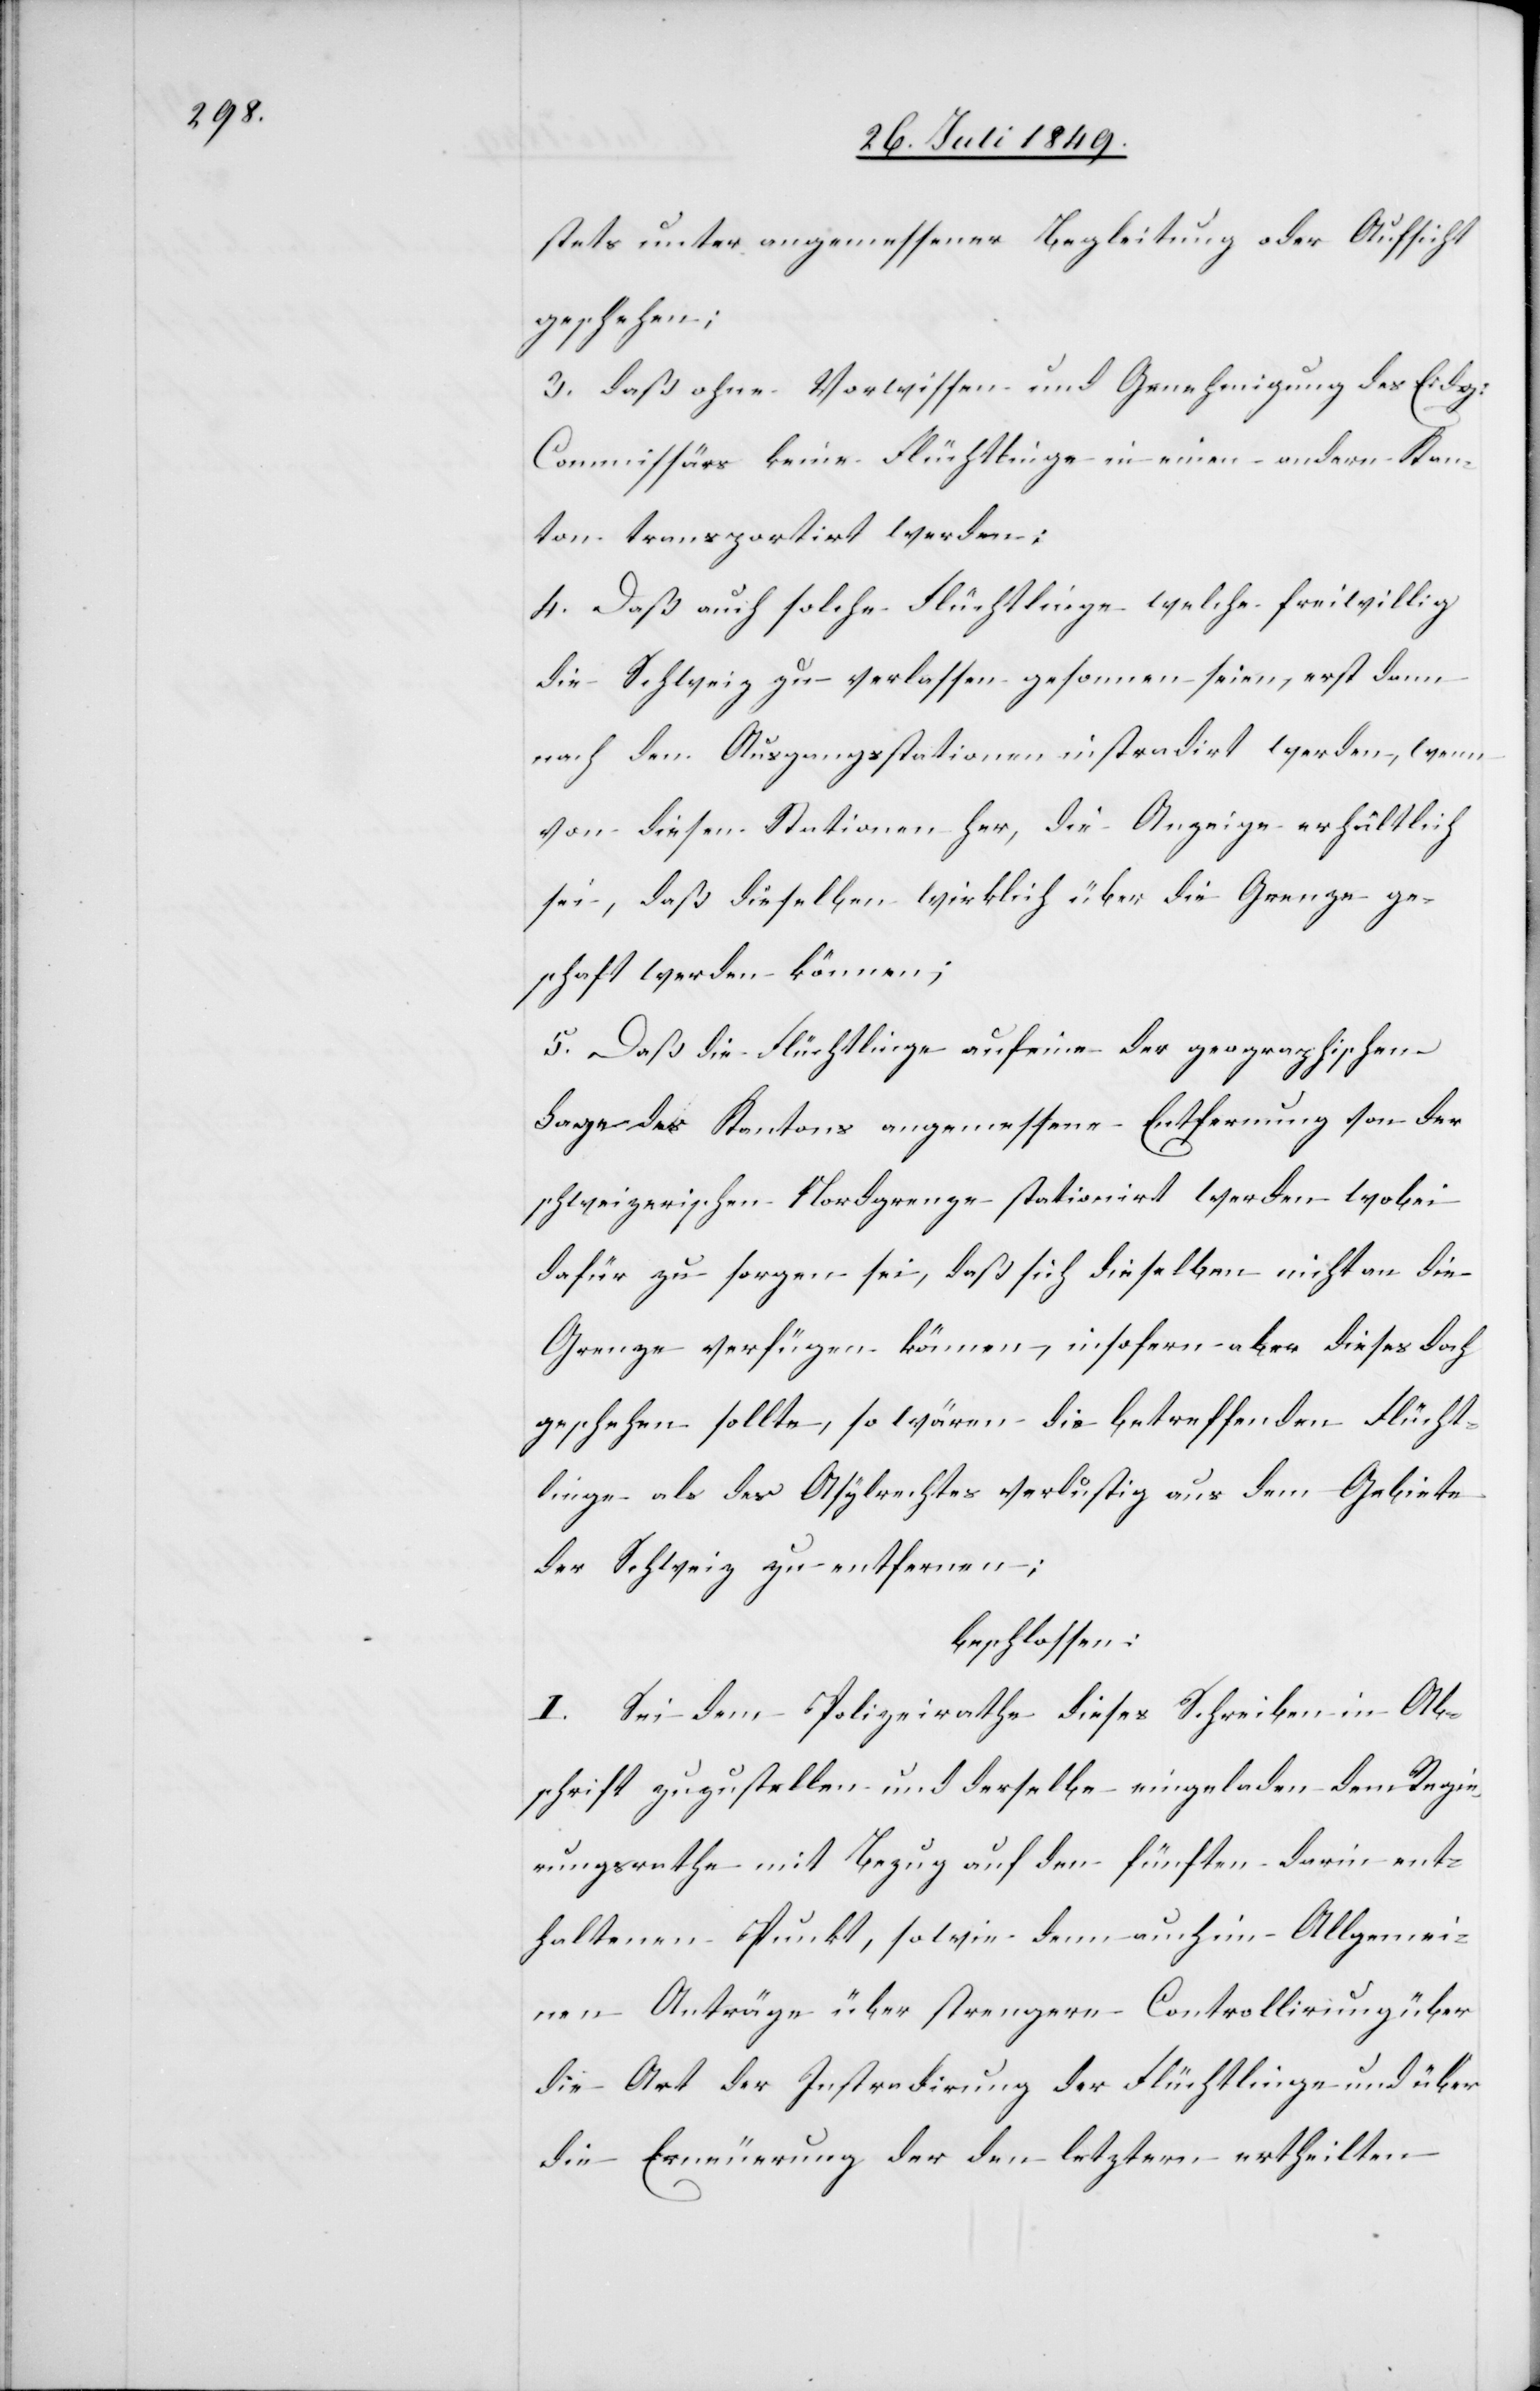
stets unter angemessener Begleitung oder Aufsicht
geschehen;
3. daß ohne Vorwissen und Genehmigung des Eidg.
Commissärs keine Flüchtlinge in einen andern Kan¬
ton transportirt werden;
4. Daß auch solche Flüchtlinge welche freiwillig
die Schweiz zu verlassen gesonnen seien, erst dann
nach den Ausgangsstationen instradirt werden, wenn
von diesen Stationen her, die Anzeige erhältliche
sei, daß dieselben wirklich über die Grenze ge¬
schafft werden können;
5. Daß die Flüchtlinge auf eine der geographischen
Lage des Kantons angemessene Entfernung von der
schweizerischen Nordgrenze stationirt werden wobei
dafür zu sorgen sei, daß sich dieselben nicht an die
Grenze verfügen können, insofern aber dieses doch
geschehen sollte, so wären die betreffenden Flücht¬
linge als des Asylrechtes verlustig aus dem Gebiete
der Schweiz zu entfernen;
beschlossen:
I. Sei dem Polizeirathe dieses Schreiben in Ab¬
schrift zuzustellen und derselbe eingeladen dem Regie¬
rungsrathe mit Bezug auf den fünften darin ent¬
haltenen Punkt, sowie dem auch im Allgemei¬
nen Anträge über strengere Controllirung über
die Art der Instradirung der Flüchtlinge und über
die Erneuerung der den letztern ertheilten